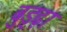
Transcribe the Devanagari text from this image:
बुड्ढ़ा